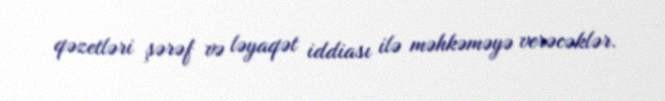
qəzetləri şərəf və ləyaqət iddiası ilə məhkəməyə verəcəklər.